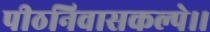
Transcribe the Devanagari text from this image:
पीठनिवासकल्पे।।